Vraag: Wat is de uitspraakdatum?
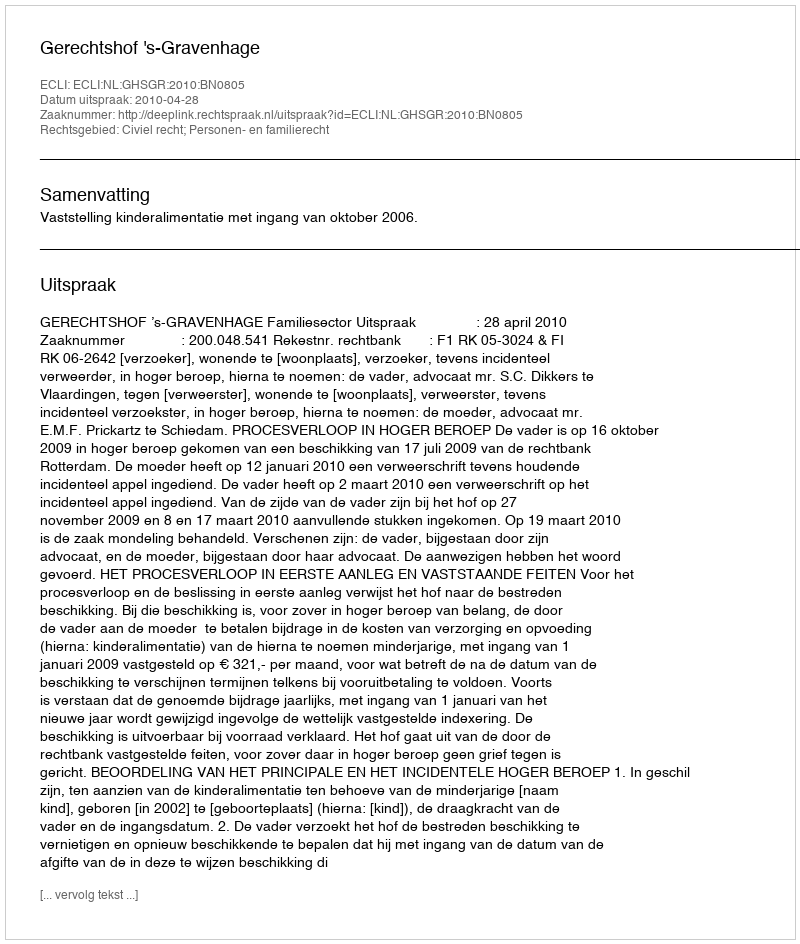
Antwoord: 2010-04-28